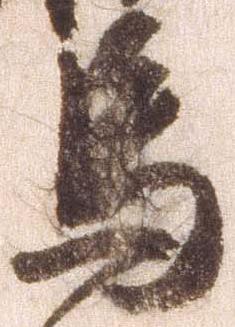
馬